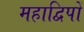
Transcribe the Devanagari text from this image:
महाद्विपों